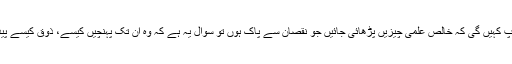
پھر آپ کہیں گی کہ خالص علمی چیزیں پڑھائی جائیں جو نقصان سے پاک ہوں تو سوال یہ ہے کہ وہ ان تک پہنچیں کیسے، ذوق کیسے پیدا ہو؟